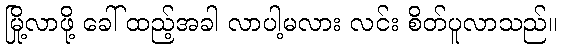
မြို့လာဖို့ ခေါ် ထည့်အခါ လာပါ့မလား လင်း စိတ်ပူလာသည်။